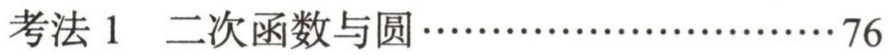
考法 1  二次函数与圆………………………76